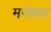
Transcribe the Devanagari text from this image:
मपोथर